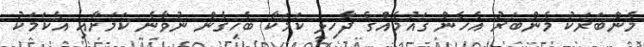
މެންބަރަކު މެންބަރު އެހެން ގައުމެއްގެ ދާހިލީ ކަމަކާ ބެހިގެން ނުވާނެ ކަމަށާއި އެކަމަކު